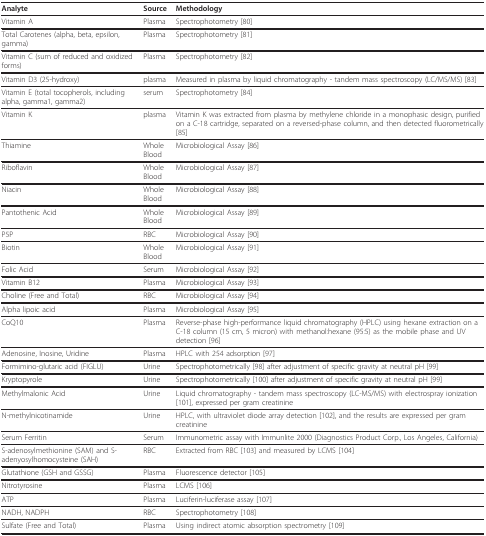
| Analyte | Source | Methodology |
 | --- | --- | --- |
 | Vitamin A | Plasma | Spectrophotometry [80] |
 | Total Carotenes (alpha, beta, epsilon, gamma) | Plasma | Spectrophotometry [81] |
 | Vitamin C (sum of reduced and oxidized forms) | Plasma | Spectrophotometry [82] |
 | Vitamin D3 (25-hydroxy) | plasma | Measured in plasma by liquid chromatography - tandem mass spectroscopy (LC/MS/MS) [83] |
 | Vitamin E (total tocopherols, including alpha, gamma1, gamma2) | serum | Spectrophotometry [84] |
 | Vitamin K | plasma | Vitamin K was extracted from plasma by methylene chloride in a monophasic design, purified on a C-18 cartridge, separated on a reversed-phase column, and then detected fluorometrically [85] |
 | Thiamine | Whole Blood | Microbiological Assay [86] |
 | Riboflavin | Whole Blood | Microbiological Assay [87] |
 | Niacin | Whole Blood | Microbiological Assay [88] |
 | Pantothenic Acid | Whole Blood | Microbiological Assay [89] |
 | P5P | RBC | Microbiological Assay [90] |
 | Biotin | Whole Blood | Microbiological Assay [91] |
 | Folic Acid | Serum | Microbiological Assay [92] |
 | Vitamin B12 | Plasma | Microbiological Assay [93] |
 | Choline (Free and Total) | RBC | Microbiological Assay [94] |
 | Alpha lipoic acid | Plasma | Microbiological Assay [95] |
 | CoQ10 | Plasma | Reverse-phase high-performance liquid chromatography (HPLC) using hexane extraction on a C-18 column (15 cm, 5 micron) with methanol:hexane (95:5) as the mobile phase and UV detection [96] |
 | Adenosine, Inosine, Uridine | Plasma | HPLC with 254 adsorption [97] |
 | Formimino-glutaric acid (FIGLU) | Urine | Spectrophotometrically [98] after adjustment of specific gravity at neutral pH [99] |
 | Kryptopyrole | Urine | Spectrophotometrically [100] after adjustment of specific gravity at neutral pH [99] |
 | Methylmalonic Acid | Urine | Liquid chromatography - tandem mass spectroscopy (LC-MS/MS) with electrospray ionization [101], expressed per gram creatinine |
 | N-methylnicotinamide | Urine | HPLC, with ultraviolet diode array detection [102], and the results are expressed per gram creatinine |
 | Serum Ferritin | Serum | Immunometric assay with Immunlite 2000 (Diagnostics Product Corp., Los Angeles, California) |
 | S-adenosylmethionine (SAM) and S-adenyosylhomocysteine (SAH) | RBC | Extracted from RBC [103] and measured by LCMS [104] |
 | Glutathione (GSH and GSSG) | Plasma | Fluorescence detector [105] |
 | Nitrotyrosine | Plasma | LCMS [106] |
 | ATP | Plasma | Luciferin-luciferase assay [107] |
 | NADH, NADPH | RBC | Spectrophotometry [108] |
 | Sulfate (Free and Total) | Plasma | Using indirect atomic absorption spectrometry [109] |